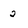
Character: 2